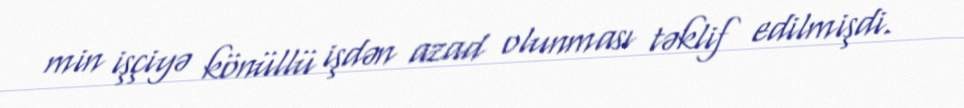
min işçiyə könüllü işdən azad olunması təklif edilmişdi.